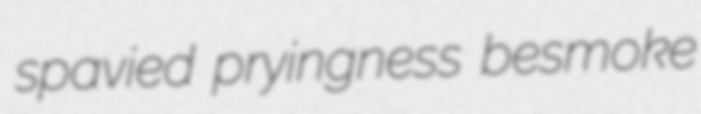
spavied pryingness besmoke